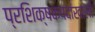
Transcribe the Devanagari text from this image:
प्रशिक्षकपदाखाली